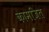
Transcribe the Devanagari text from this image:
कामजित